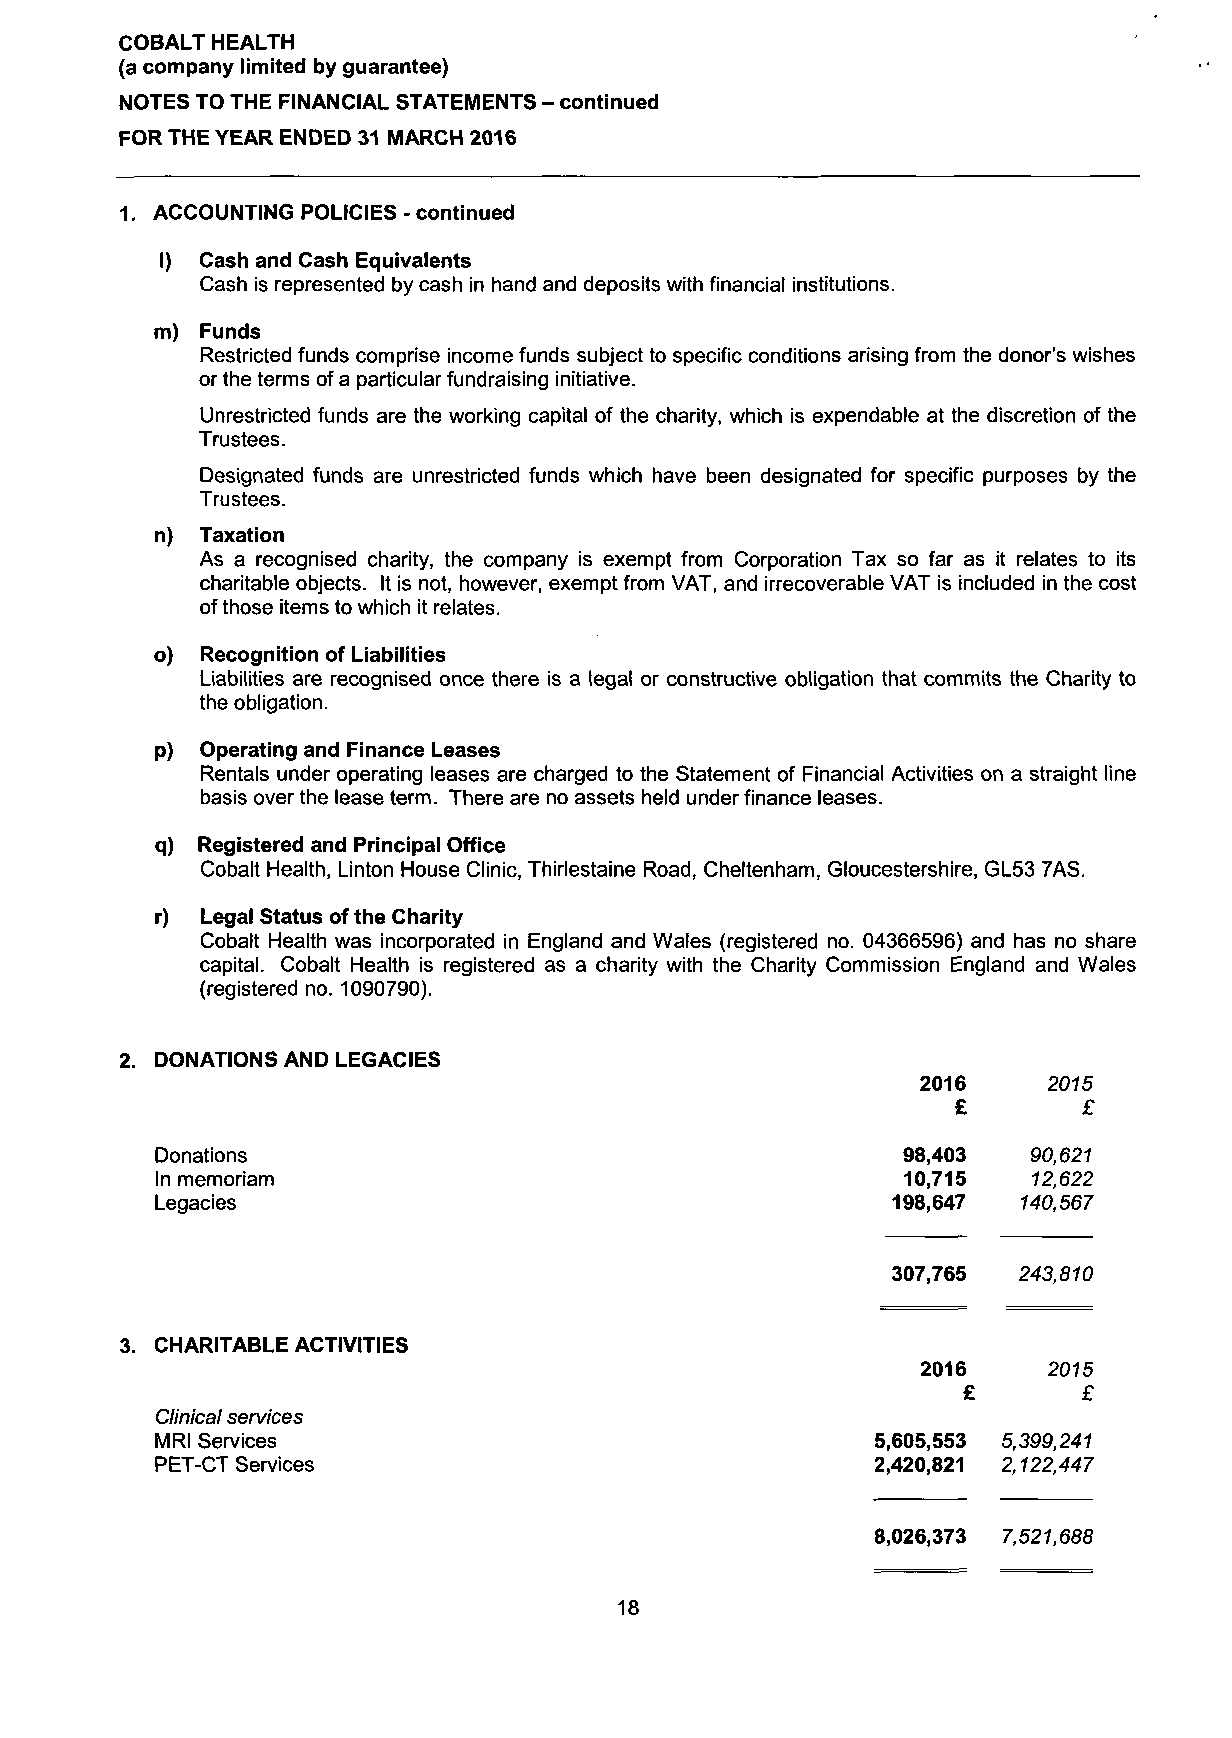
COBALT HEALTH
 (a company limited by guarantee)
 NOTES TO THE FINANCIAL STATEMENTS - continued
 FOR THE YEAR ENDED 31 MARCH 2016
 1. ACCOUNTING POLICIES - continued
 I) Cash and Cash Equivalents
 Cash is represented by cash in hand and deposits with financial institutions.
 m) Funds
 Restricted funds comprise income funds subject to specific conditions arising from the donor's wishes
 or the terms of a particular fundraising initiative.
 Unrestricted funds are the working capital of the charity, which is expendable at the discretion of the
 Trustees.
 Designated funds are unrestricted funds which have been designated for specific purposes by the
 Trustees.
 n) Taxation
 As a recognised charity, the company is exempt from Corporation Tax so far as it relates to its
 charitable objects. It is not, however, exempt from VAT, and irrecoverable VAT is included in the cost
 of those items to which it relates.
 o) Recognition of Liabilities
 Liabilities are recognised once there is a legal or constructive obligation that commits the Charity to
 the obligation.
 p) Operating and Finance Leases
 Rentals under operating leases are charged to the Statement of Financial Activities on a straight line
 basis over the lease term. There are no assets held under finance leases.
 q) Registered and Principal Office
 Cobalt Health, Linton House Clinic, Thirlestaine Road, Cheltenham, Gloucestershire, GL53 7AS.
 r) Legal Status of the Charity
 Cobalt Health was incorporated in England and Wales (registered no. 04366596) and has no share
 capital. Cobalt Health is registered as a charity with the Charity Commission England and Wales
 (registered no. 1090790).
 2. DONATIONS AND LEGACIES
 2016    2015
 £        £
 Donations                                         98,403  90,621
 In memoriam                                       10,715  12,622
 Legacies                                         198,647 140,567
 307,765 243,810
 3. CHARITABLE ACTIVITIES
 2016    2015
 £       £
 Clinical services
 MRI Services                                    5,605,553 5,399,241
 PET-CT Services                                 2,420,821 2,122,447
 8,026,373 7,521,688
 18